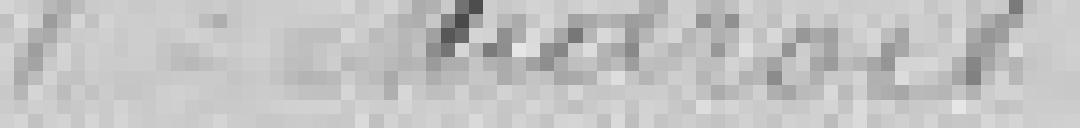
Veuve Midroit